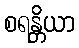
စရန္တိယာ